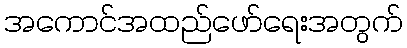
အကောင်အထည်ဖော်ရေးအတွက်